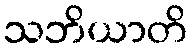
သဘိယာတိ